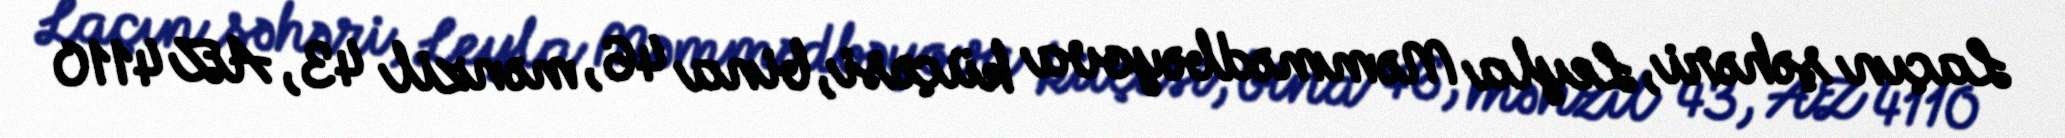
Laçın şəhəri, Leyla Məmmədbəyova küçəsi, bina 46, mənzil 43, AZ 4110